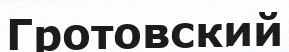
Гротовский